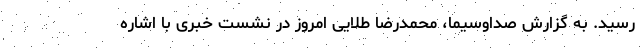
رسید. به گزارش صداوسیما، محمدرضا طلایی امروز در نشست خبری با اشاره